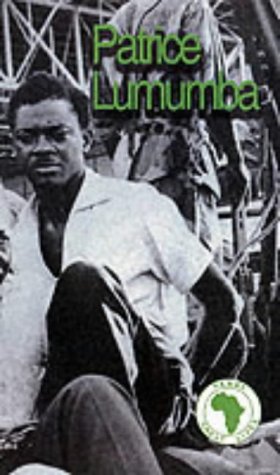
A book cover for Patrice Lumumba (Panaf Great Lives); Panaf Books; Travel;